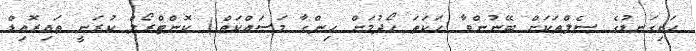
ހަށިގަނޑުގެ ސެލްތަކަށް ބޭނުންވާ ހަކަތަ ހޯދުމަށް ހިންގާ މަސައްކަތް() ކޮންޓްރޯލް ކުރަނީ ތައިރޮއިޑް